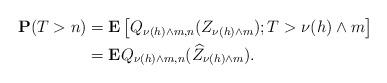
LaTeX: \begin{align*} \mathbf{P}(T>n)&=\mathbf{E}\left[Q_{\nu(h)\wedge m,n}(Z_{\nu(h)\wedge m});T>\nu(h)\wedge m\right]\\&=\mathbf{E}Q_{\nu(h)\wedge m,n}(\widehat Z_{\nu(h)\wedge m}).\end{align*}